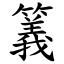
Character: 䉝